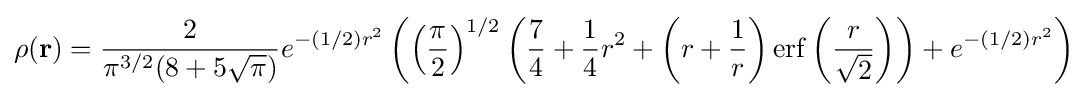
\rho (\mathbf {r} )={\frac {2}{\pi ^{3/2}(8+5{\sqrt {\pi }})}}e^{-(1/2)r^{2}}\left(\left({\frac {\pi }{2}}\right)^{1/2}\left({\frac {7}{4}}+{\frac {1}{4}}r^{2}+\left(r+{\frac {1}{r}}\right)\mathrm {erf} \left({\frac {r}{\sqrt {2}}}\right)\right)+e^{-(1/2)r^{2}}\right)